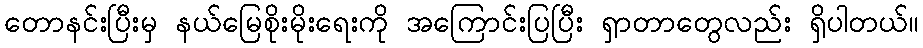
တောနင်းပြီးမှ နယ်မြေစိုးမိုးရေးကို အကြောင်းပြပြီး ရှာတာတွေလည်း ရှိပါတယ်။